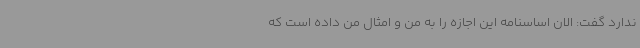
ندارد گفت: الان اساسنامه این اجازه را به من و امثال من داده است که